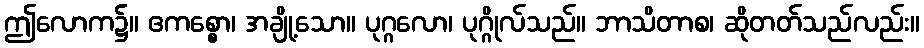
ဤလောက၌။ ဧကစ္စော၊ အချို့သော။ ပုဂ္ဂလော၊ ပုဂ္ဂိုလ်သည်။ ဘာသိတာစ၊ ဆိုတတ်သည်လည်း။